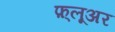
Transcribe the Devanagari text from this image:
फ़्लूअर